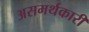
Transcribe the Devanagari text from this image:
असमर्थकारी